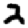
Digit: 2